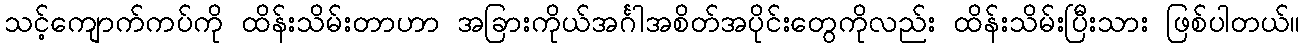
သင့်ကျောက်ကပ်ကို ထိန်းသိမ်းတာဟာ အခြားကိုယ်အင်္ဂါအစိတ်အပိုင်းတွေကိုလည်း ထိန်းသိမ်းပြီးသား ဖြစ်ပါတယ်။